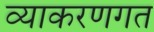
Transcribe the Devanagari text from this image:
व्याकरणगत